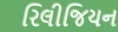
રિલીજિયન